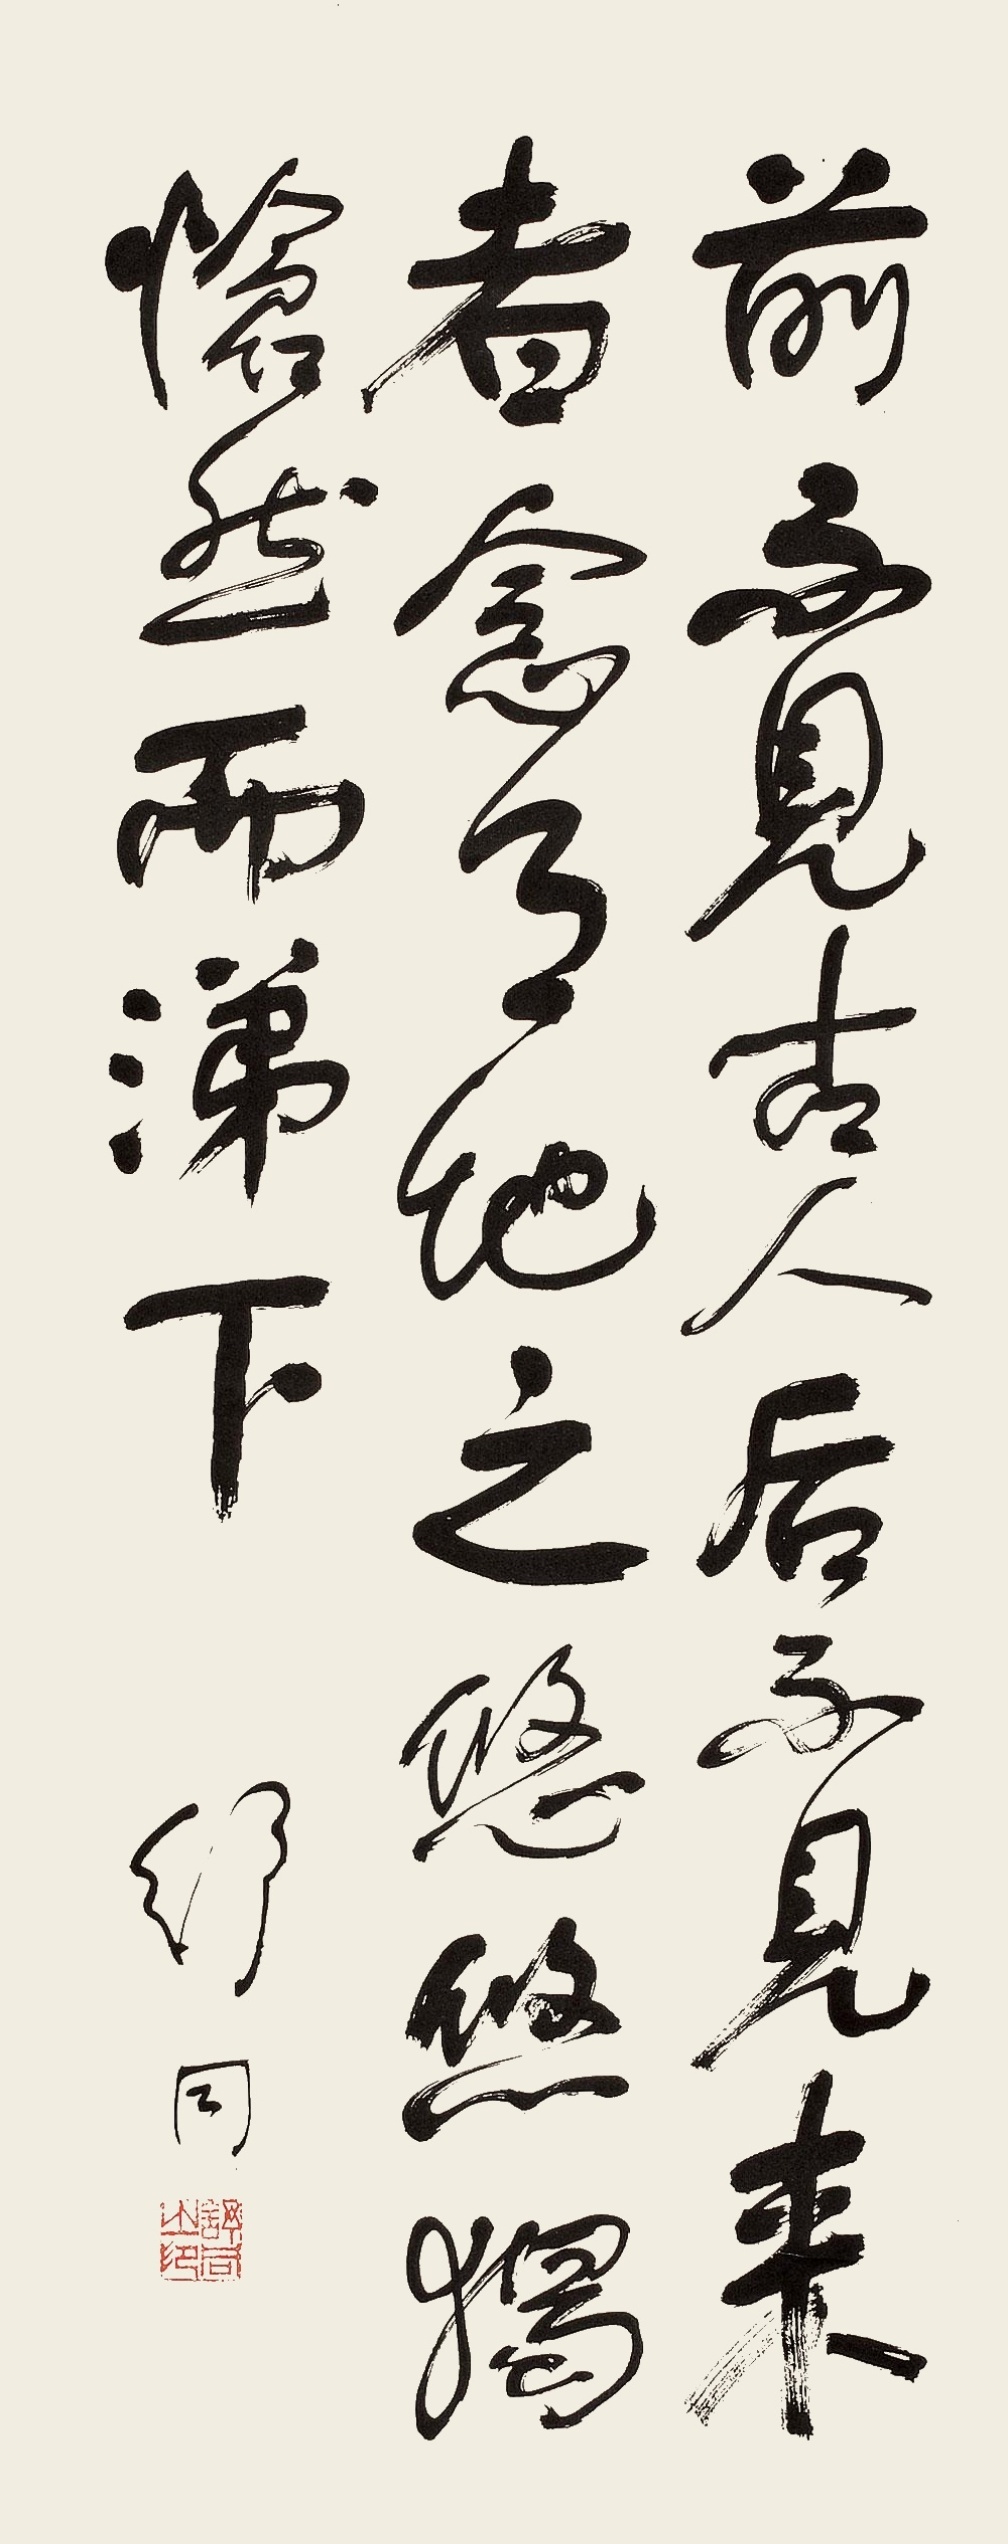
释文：前不见古人，后不见来者。念天地之悠悠，独怆然而涕下。舒同。